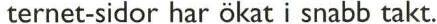
ternet-sidor har ökat i snabb takt.